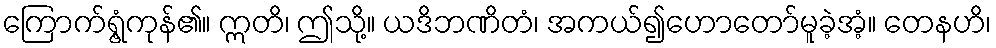
ကြောက်ရွံ့ကုန်၏။ ဣတိ၊ ဤသို့။ ယဒိဘဏိတံ၊ အကယ်၍ဟောတော်မူခဲ့အံ့။ တေနဟိ၊